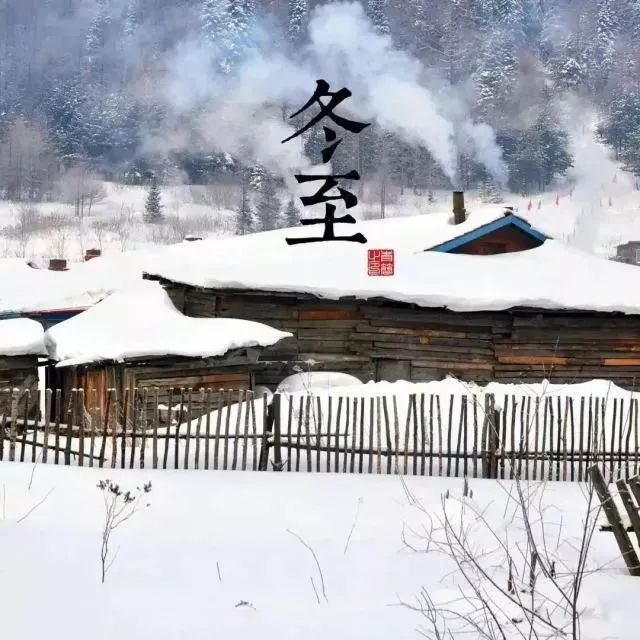
云物不殊乡国异，教儿且覆掌中杯。